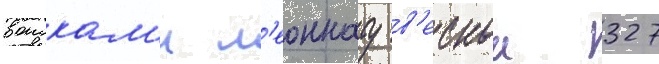
воискам'и л'еоннату в'еснои 327